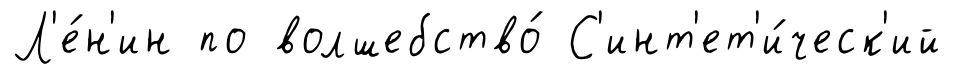
Л'е́н'ин по волшебство́ С'инт'ет'и́ческ'ий